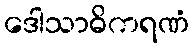
ဒေါသာဓိကရဏံ